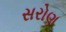
સરોણ